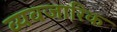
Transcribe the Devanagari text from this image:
व्यवजारिक